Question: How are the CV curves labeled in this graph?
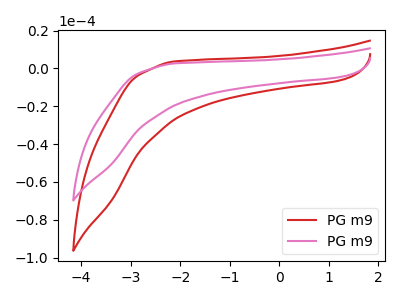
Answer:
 <answer>The red curve is labeled "PG m91". The pink curve is labeled "PG m92".</answer>
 <eval></eval>